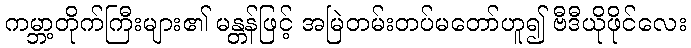
ကမ္ဘာ့တိုက်ကြီးများ၏ မန္တန်ဖြင့် အမြဲတမ်းတပ်မတော်ဟူ၍ ဗီဒီယိုဖိုင်လေး